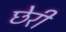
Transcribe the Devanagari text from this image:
छेरी